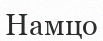
Намцо